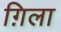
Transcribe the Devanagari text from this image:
ग़िला